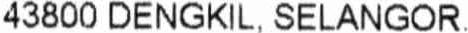
43800 DENGKIL, SELANGOR.